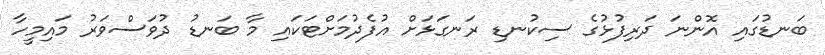
ބަނޑުގައި އޮންނަ ދަރިފުޅުގެ ސިކުނޑި ރަނގަޅަށް އުފެދުމަށްޓަކައި މާ ބަނޑު ދުވަސްވަރު މައިމީހާ